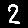
Digit: 2